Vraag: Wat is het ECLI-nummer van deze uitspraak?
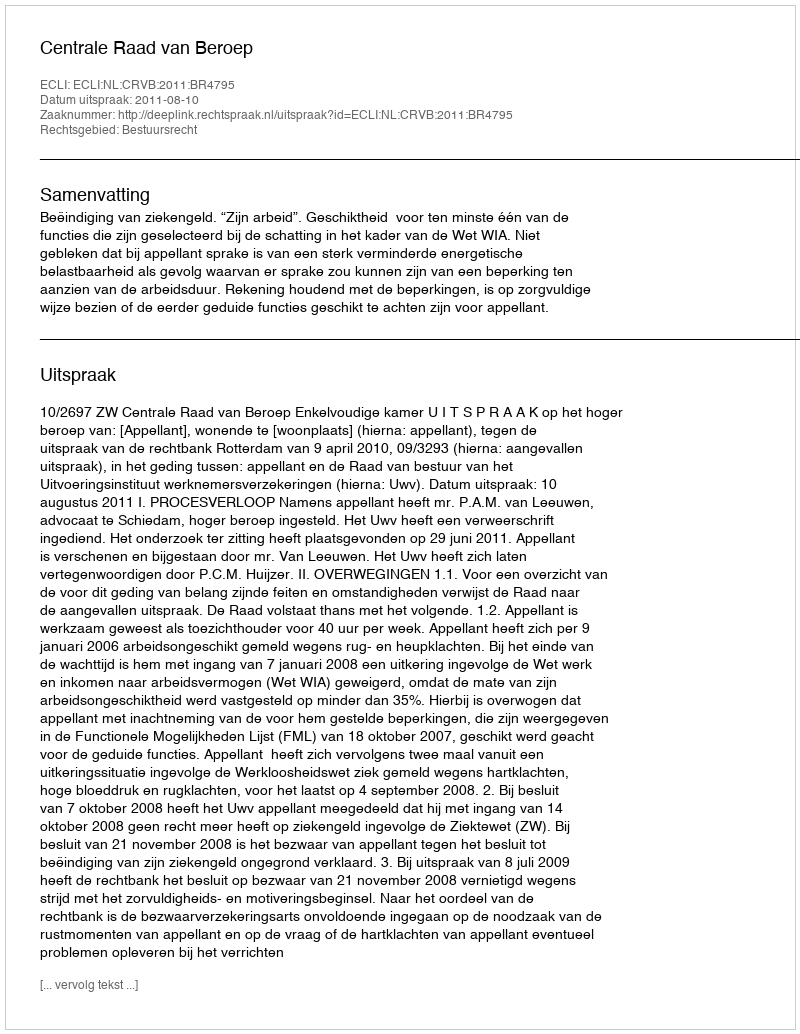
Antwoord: ECLI:NL:CRVB:2011:BR4795